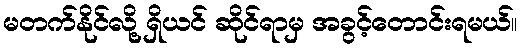
မတက်နိုင်လို့ ရှိယင် ဆိုင်ရာမှ အခွင့်တောင်းရမယ်။